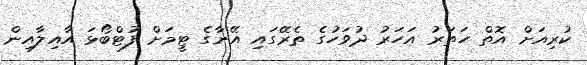
ކުރިއަށް އޮތް ހަތަރު އަހަރު ދުވަހުގެ ތެރޭގައި އޭނާގެ ޓީމަށް ފުޓްބޯޅަ އާއިލާއިން